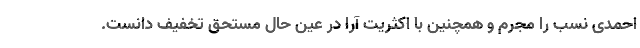
احمدی نسب را مجرم و همچنین با اکثریت آرا در عین حال مستحق تخفیف دانست.